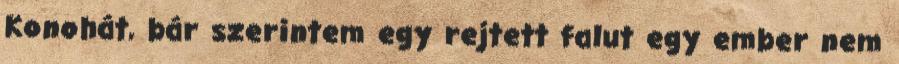
Konohát, bár szerintem egy rejtett falut egy ember nem